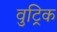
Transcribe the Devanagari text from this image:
वुट्रिक